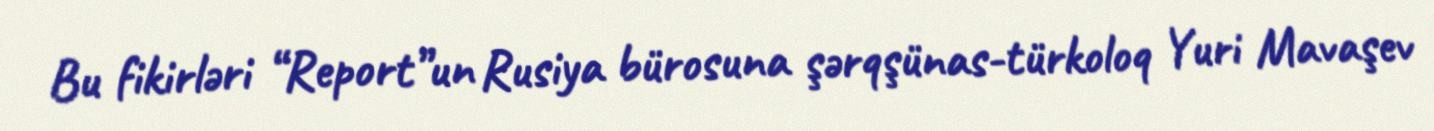
Bu fikirləri “Report”un Rusiya bürosuna şərqşünas-türkoloq Yuri Mavaşev